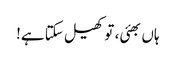
ہاں بھئی، تو کھیل سکتا ہے!